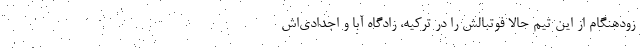
زودهنگام از این تیم حالا فوتبالش را در ترکیه، زادگاه آبا و اجدادی‌اش